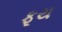
ફૂય